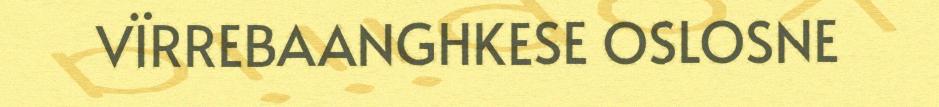
VÏRREBAANGHKESE OSLOSNE